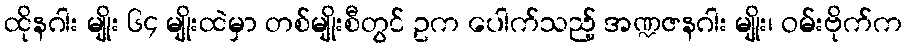
ထိုနဂါး မျိုး ၆၄ မျိုးထဲမှာ တစ်မျိုးစီတွင် ဥက ပေါက်သည့် အဏ္ဍဇနဂါး မျိုး၊ ဝမ်းဗိုက်က